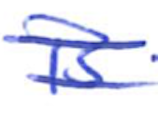
Text: is
Cross-out: double-line
Writing tool: ballpoint